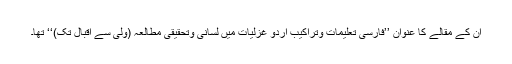
ان کے مقالے کا عنوان ’’فارسی تعلیمات وتراکیب اردو غزلیات میں لسانی وتحقیقی مطالعہ (ولی سے اقبال تک)‘‘ تھا۔